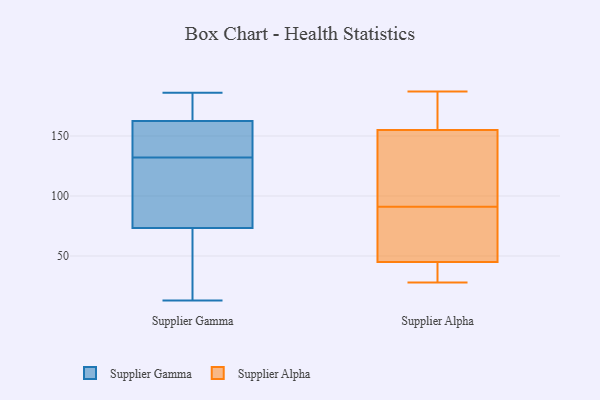
{"axis": {"x": "Conversion Rate (%)", "y": "Value"}, "legend": ["Supplier Alpha", "Supplier Gamma"], "data": [{"x": "", "y": 107, "type": "Supplier Gamma"}, {"x": "", "y": 173, "type": "Supplier Gamma"}, {"x": "", "y": 132, "type": "Supplier Gamma"}, {"x": "", "y": 169, "type": "Supplier Gamma"}, {"x": "", "y": 13, "type": "Supplier Gamma"}, {"x": "", "y": 47, "type": "Supplier Gamma"}, {"x": "", "y": 87, "type": "Supplier Gamma"}, {"x": "", "y": 82, "type": "Supplier Gamma"}, {"x": "", "y": 29, "type": "Supplier Gamma"}, {"x": "", "y": 167, "type": "Supplier Gamma"}, {"x": "", "y": 156, "type": "Supplier Gamma"}, {"x": "", "y": 151, "type": "Supplier Gamma"}, {"x": "", "y": 22, "type": "Supplier Gamma"}, {"x": "", "y": 155, "type": "Supplier Gamma"}, {"x": "", "y": 186, "type": "Supplier Gamma"}, {"x": "", "y": 129, "type": "Supplier Gamma"}, {"x": "", "y": 161, "type": "Supplier Gamma"}, {"x": "", "y": 28, "type": "Supplier Alpha"}, {"x": "", "y": 109, "type": "Supplier Alpha"}, {"x": "", "y": 31, "type": "Supplier Alpha"}, {"x": "", "y": 165, "type": "Supplier Alpha"}, {"x": "", "y": 174, "type": "Supplier Alpha"}, {"x": "", "y": 111, "type": "Supplier Alpha"}, {"x": "", "y": 78, "type": "Supplier Alpha"}, {"x": "", "y": 104, "type": "Supplier Alpha"}, {"x": "", "y": 59, "type": "Supplier Alpha"}, {"x": "", "y": 32, "type": "Supplier Alpha"}, {"x": "", "y": 45, "type": "Supplier Alpha"}, {"x": "", "y": 187, "type": "Supplier Alpha"}, {"x": "", "y": 155, "type": "Supplier Alpha"}, {"x": "", "y": 57, "type": "Supplier Alpha"}]}